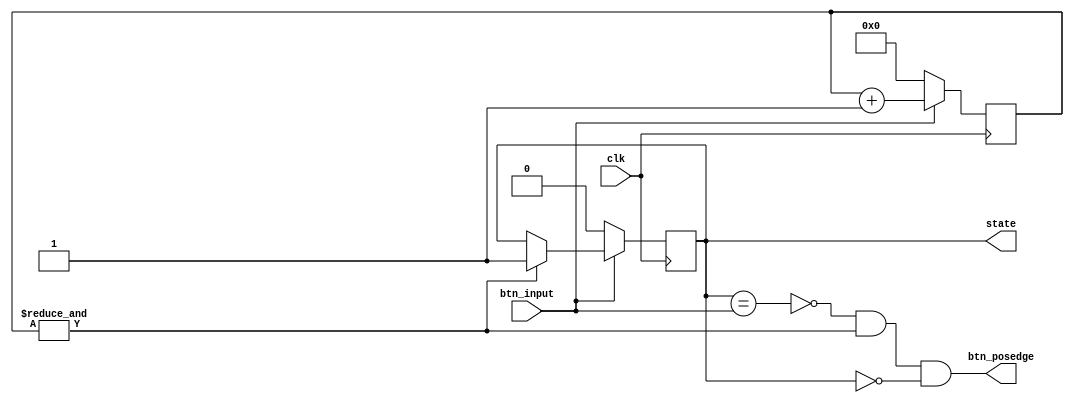
/*
Designer:		Lazaros Athanasiadis
Designed in:	Fall Semester 2019-20
Designed for:	Digital Systems Lab, 1st lab assignment
Usage:			Debounces button inputs by waiting for 2^(BITS) cycles before
				registering the button press -- that is, output state becomes
				high for as long as the button is still pressed, and btn_posedge
				becomes 1 for one cycle.
<----------------------------------------------------------------------------->
For the default parameter value of 13 and a clock period of 320ns,
the button (btn_input) must be high for 2^13 * 320ns = 2.62142ms
*/
module debouncer #(parameter BITS=13)(clk, btn_input, state, btn_posedge);
	input clk, btn_input; //button input must be synchronized
	output state, btn_posedge;

	reg [BITS-1:0] counter;
	reg state;

	always @(posedge clk) begin
		if (btn_input == 1'b0) begin
			//button is not being pressed, so reset the counter and output
			counter <= 13'b0;
			state <= 1'b0;
		end
		else begin
			//button is being pressed
			counter <= counter + 1;
			if (&counter)
				/* All of the counter's bits have reached 1, so the button 
				press must be registered*/
				state <= 1'b1;
		end
    end

    /* btn_posedge becomes high for one circle when the button press is registered.
    This happens when	a)state != btn_input, because it will register in the next
    					cycle
    					b)counter is at its max value
						c)state is not 1, which means that the button press hasn't
						registered yet -- if this is omitted, btn_posedge can
						also become 1 at the button's negative edge */
    assign btn_posedge = (~(state == btn_input)) & (&counter) & (~state);

endmodule